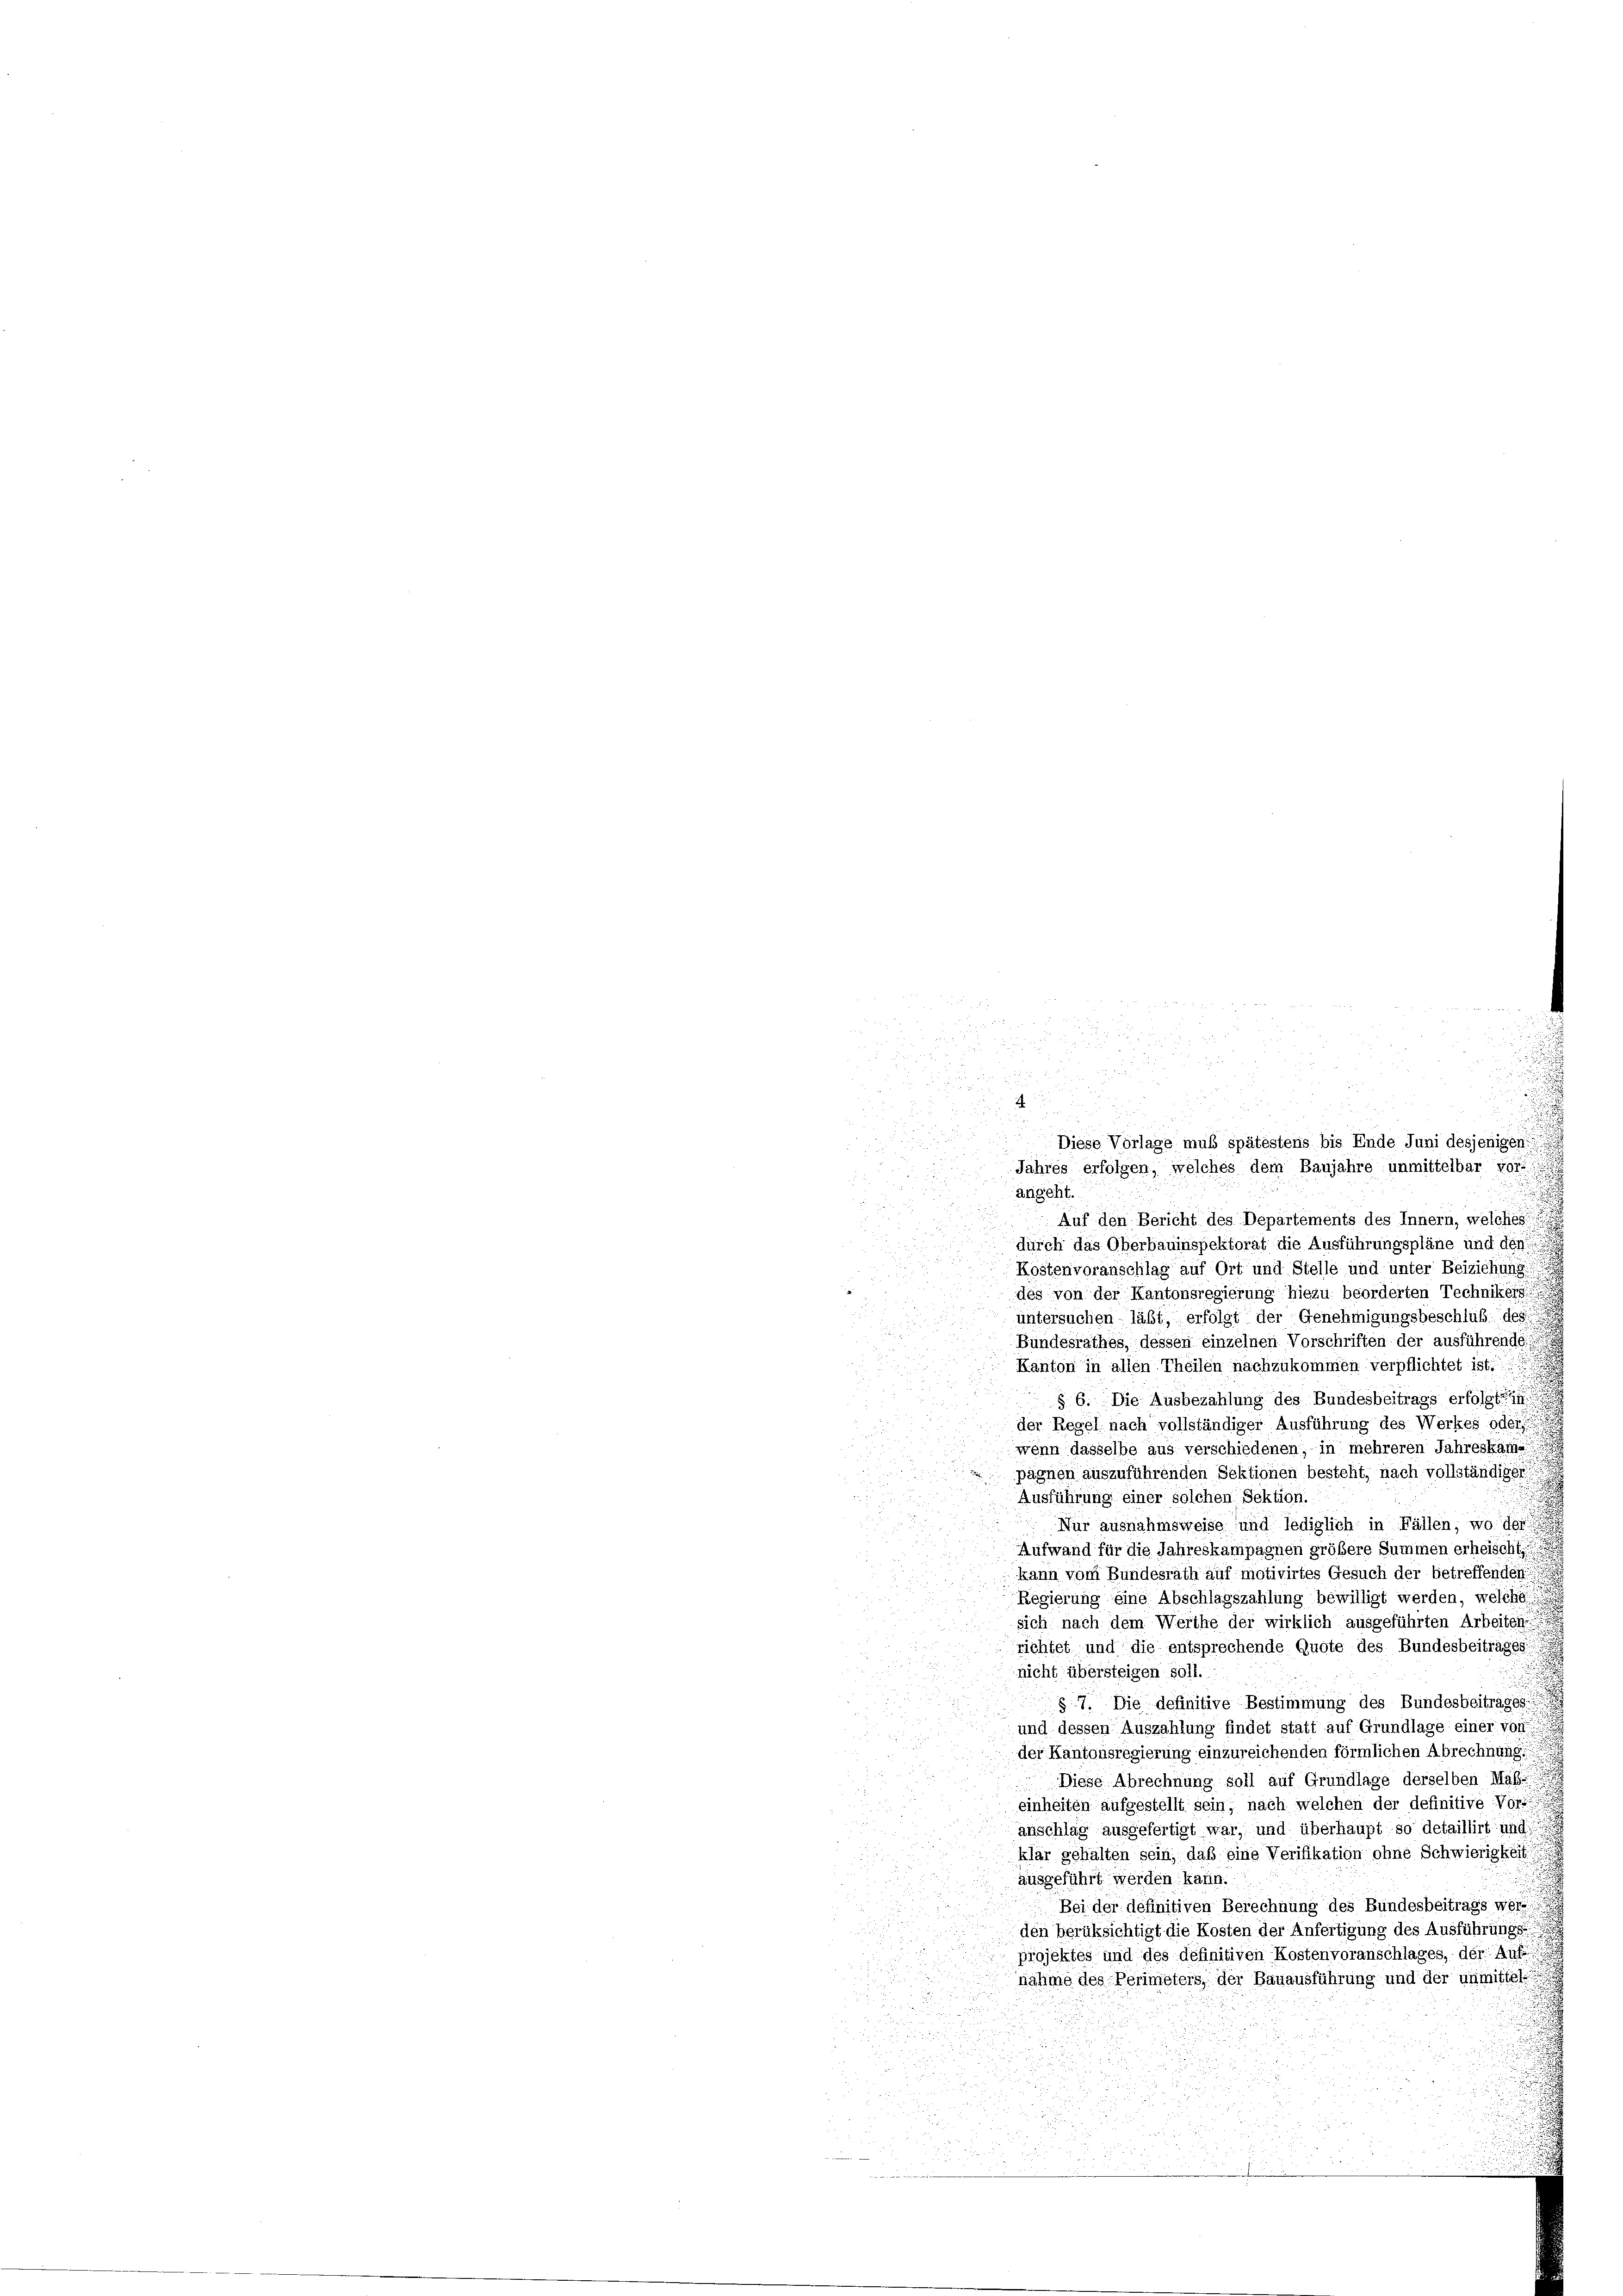
xx

.
d
n

u

Auf den Bericht des Departements des Innern, welches!!!!!
u
durch das Oberbauinspektorat die Ausführungspläne und den
3
Kostenvoranschlag auf Ort und Stelle und unter Beiziehung
u
des von der Kantonsregierung hiezu beorderten Technikers
untersuchen läßt, erfolgt der Genehmigungsbeschlüße des
Bundesrathes, dessen einzelnen Vorschriften der ausführende
Kanton in allen Theilen nachzukommen verpflichtet ist.
§ 6. Die Ausbezahlung des Bundesbeitrags erfolgte
der Regel nach vollständiger Ausführung des Werkes oder
wenn dasselbe aus verschiedenen, in mehreren Jahreskame
pagnen auszuführenden Sektionen besteht, nach vollständiget
Ausführung einer solchen Sektion.
u
Nur ausnahmsweise und lediglich in Fällen, wo der
Aufwand für die Jahreskampagnen größere Summen erheischt,
kann vom Bundesrath auf motivirtes Gesuch der betreffenden
Regierung eine Abschlagszahlung bewilligt werden, welche
sich nach dem Werthe der wirklich ausgeführten Arbeiten
richtet und die entsprechende Quote des Bundesbeitrages
nicht übersteigen soll.
u
§7. Die definitive Bestimmung des Bundesbeiträges
und dessen Auszahlung findet statt auf Grundlage einer von
der Kantonsregierung einzureichenden förmlichen Abrechnung
Diese Abrechnung soll auf Grundlage derselben Mass
einheiten aufgestellt sein; nach welchen der definitive Vors
anschlag ausgefertigt war, und überhaupt so detaillirt und
klär gehalten sein, daß eine Verifikation ohne Schwierigkeit!
ausgeführt werden kann.
.
Bei der definitiven Berechnung des Bundesbeitrags werd
den berüksichtigt die Kosten der Anfertigung des Ausführungs
Projektes und des définitiven Kostenvoranschlages, der Auf
nahme des Perimeters, der Bauausführung und der unmittels

g
.
e

.

 1525

u
.
23
¬

a

d

 Diese Vorlage muß spätestens bis Ende Juni desjenigen
Jahres erfolgen, welches dem Baujahre unmittelbar vor
angeht.